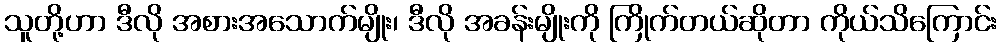
သူတို့ဟာ ဒီလို အစားအသောက်မျိုး၊ ဒီလို အခန်းမျိုးကို ကြိုက်တယ်ဆိုတာ ကိုယ်သိကြောင်း